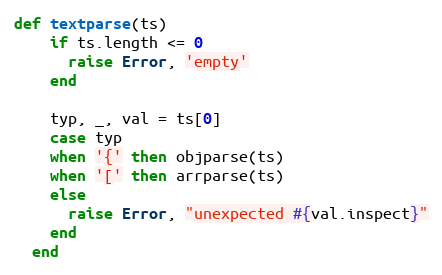
Language: Ruby
def textparse(ts)
    if ts.length <= 0
      raise Error, 'empty'
    end

    typ, _, val = ts[0]
    case typ
    when '{' then objparse(ts)
    when '[' then arrparse(ts)
    else
      raise Error, "unexpected #{val.inspect}"
    end
  end